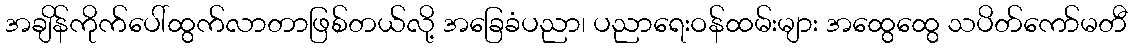
အချိန်ကိုက်ပေါ်ထွက်လာတာဖြစ်တယ်လို့ အခြေခံပညာ၊ ပညာရေးဝန်ထမ်းများ အထွေထွေ သပိတ်ကော်မတီ